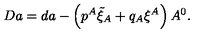
D a = d a - \left( p ^ { A } \tilde { \xi } _ { A } + q _ { A } \xi ^ { A } \right) A ^ { 0 } .